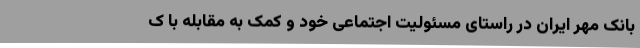
بانک مهر ایران در راستای مسئولیت اجتماعی خود و کمک به مقابله با ک